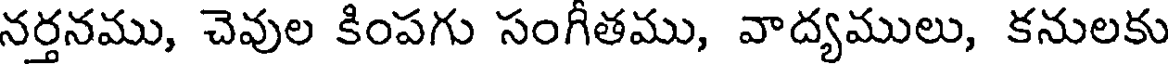
నర్తనము, చెవుల కింపగు సంగీతము, వాద్యములు, కనులకు